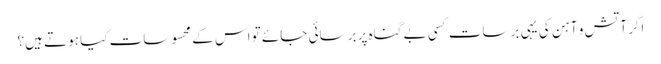
‏اگر آتش و آہن کی یہی برسات کسی بے گناہ پر برسائی جائے تو اس کے محسوسات کیا ہوتے ہیں؟